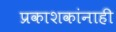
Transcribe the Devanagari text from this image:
प्रकाशकांनाही